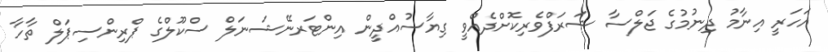
އަހަރީ އިނާމު ދިނުމުގެ ޖަލްސާ ޝަރަފްވެރިކޮށްދެއްވީ ގިޔާސުއްދީން އިންޓަރނޭޝަނަލް ސްކޫލްގެ ޕްރިންސިޕަލް ތާހާ